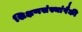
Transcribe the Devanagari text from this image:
शिक्षणसंस्थांपैकी